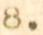
8.